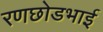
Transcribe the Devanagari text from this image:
रणछोडभाई